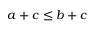
a + c \leq b + c